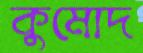
কুমোদ